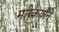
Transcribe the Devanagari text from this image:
मारेकर्यांने